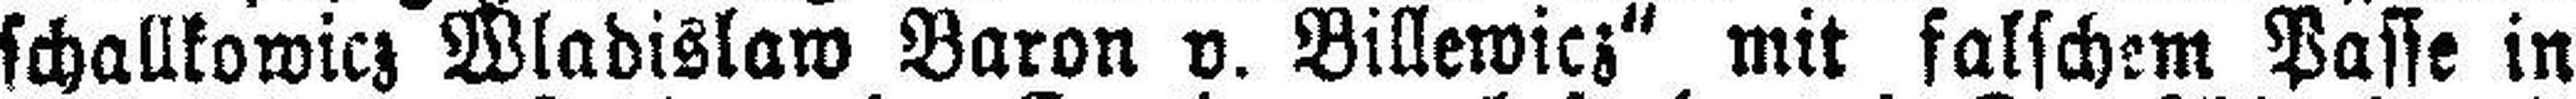
schallkowicz Wladislaw Baron v. Billewicz“ mit falschem Passe in